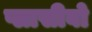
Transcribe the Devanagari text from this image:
प्लासीबो